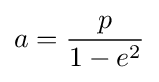
a={\frac {p}{1-e^{2}}}